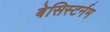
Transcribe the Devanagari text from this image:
बेसिस्टर्नम